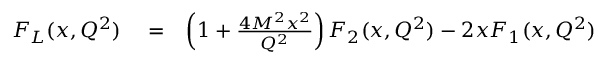
\begin{array} { r l r } { F _ { L } ( x , Q ^ { 2 } ) } & { { } = } & { \left( 1 + \frac { 4 M ^ { 2 } x ^ { 2 } } { Q ^ { 2 } } \right) F _ { 2 } ( x , Q ^ { 2 } ) - 2 x F _ { 1 } ( x , Q ^ { 2 } ) } \end{array}